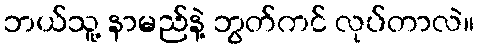
ဘယ်သူ့ နာမည်နဲ့ ဘွတ်ကင် လုပ်တာလဲ။